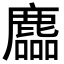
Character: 𪋓